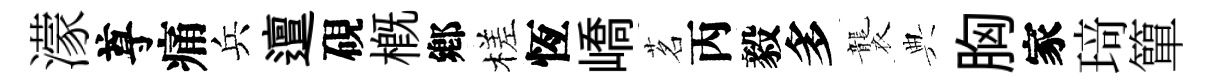
濛尊痛兵邅硯槪鄕槎恆嶠茗丙毅多襲典胸家𤦺簞